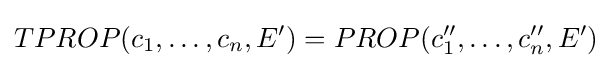
TPROP(c_{1},\ldots ,c_{n},E')=PROP(c_{1}'',\ldots ,c_{n}'',E')